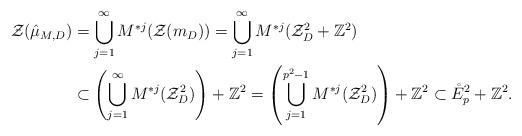
LaTeX: \begin{align*}\mathcal{ Z}(\hat{\mu}_{M,D})&=\bigcup_{j=1}^{\infty}M^{*j}(\mathcal{ Z}(m_D))=\bigcup_{j=1}^{\infty}M^{*j}(\mathcal{Z}_{D}^2+\mathbb{Z}^2)\\&\subset\left(\bigcup_{j=1}^{\infty}M^{*j}(\mathcal{Z}_{D}^2)\right)+\mathbb{Z}^2= \left(\bigcup_{j=1}^{p^2-1}M^{*j}(\mathcal{Z}_{D}^2)\right) +\mathbb{Z}^2\subset \mathring{E}_p^2+\mathbb{Z}^2.\end{align*}